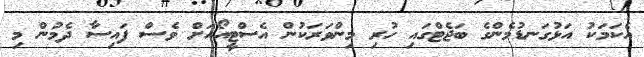
އެކަމަކު އަޅުގަނޑުމެންގެ ބަޖެޓްގައި ހުރި މިންވަރަކުން އެސްޓީއޯއަށް ވެސް ފައިސާ ދެމުން މި